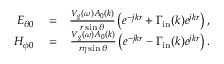
\begin{array} { r l r } { E _ { \theta 0 } } & { { } = } & { \frac { V _ { g } ( \omega ) A _ { 0 } ( k ) } { r \sin \theta } \left( e ^ { - j k r } + \Gamma _ { \mathrm { i n } } ( k ) e ^ { j k r } \right) , } \\ { H _ { \phi 0 } } & { { } = } & { \frac { V _ { g } ( \omega ) A _ { 0 } ( k ) } { r \eta \sin \theta } \left( e ^ { - j k r } - \Gamma _ { \mathrm { i n } } ( k ) e ^ { j k r } \right) . } \end{array}